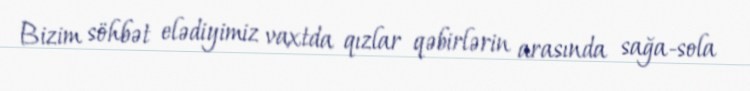
Bizim söhbət elədiyimiz vaxtda qızlar qəbirlərin arasında sağa-sola